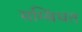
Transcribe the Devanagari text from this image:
सम्बिंधत